Annual report of the Civil Veterinary Department, Bengal, for the year 1897-98 - 1897-1898
Year: 1897
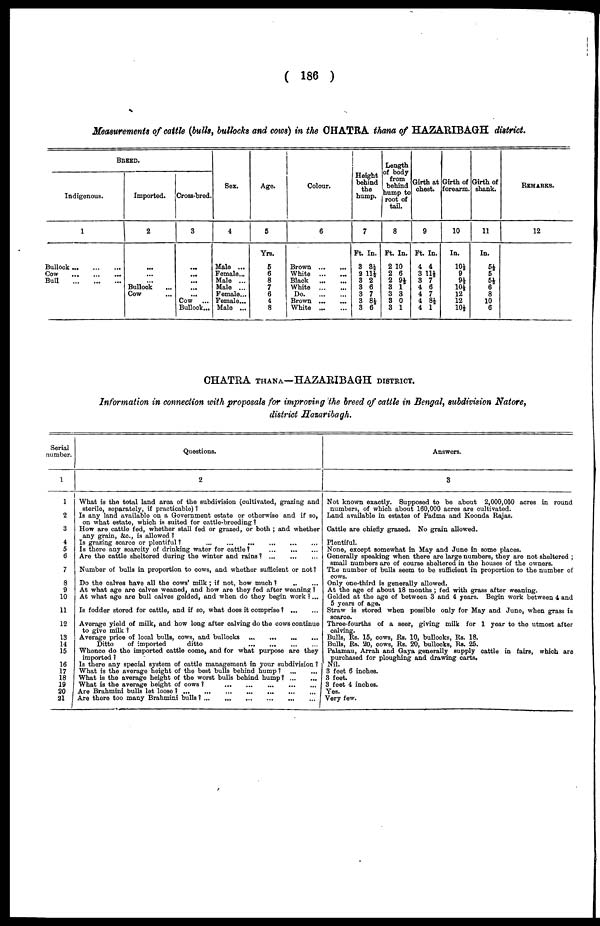
( 186 )
Measurements of cattle (bulls, bullocks and cows) in the CHATRA thana of HAZARIBAGH district.
BREED.
Indigenous.
1
Bullock
...
...
...
Cow
...
...
...
Bull
...
...
...
Imported.
2
...
...
... Bullock ...
Cow ...
Cross-bred.
3
...
...
...
...
...
Cow ...
Bullock ...
Sex.
4
Male ...
Female...
Male ...
Male ...
Female...
Female...
Male ...
Age.
5
Yrs.
5
6
8
7
6
4
8
Colour.
6
Brown
...
...
White ... ...
Black
...
...
White
...
...
Do.
...
...
Brown
...
...
White
...
...
Height
behind
the
hump.
7
Ft.
3
2
3
3
3
3
3
In.
3½
11½
2
6
7
8½
6
Lenth
of body
from
behind
hump to
root of
tail.
8
Ft.
2
2
2
3
3
3
3
In.
10
6
9½
1
3
0
I
Girth at
chest.
9
Ft.
4
3
3
4
4
4
4
In.
4
11½
7
6
7
8½
1
Girth of
forearm.
10
In.
10½
9
9½
10½
12
12
10½
Girth of
shank.
11
In.
5½
5
5½
6
8
10
6
REMARKS.
12
CHATRA THANA—HAZARIBAGH DISTRICT.
Information in connection with proposals for improving the breed of cattle in Bengal, subdivision Natore,
district Hasaribagh.
Serial
number.
1
1
2
3
4
5
6
7
8
9
10
11
12
13
14
15
16
17
18
19
20
21
Questions.
2
What is the total land area of the subdivision (cultivated, grazing and
sterile, separately, if practicable) ?
Is any land available on a Government estate or otherwise and if so,
on what estate, which is suited for cattle-breeding?
How are cattle fed, whether stall fed or grazed, or both ; and whether
any grain, &c., is allowed ?
Is grazing scarce or plentiful ?
...
...
...
...
...
...
Is there any scarcity of drinking water for cattle?
...
...
...
Are the cattle sheltered during the winter and rains?
...
...
...
Number of bulls in proportion to cows, and whether sufficient or not?
Do the calves have all the cows' milk; if not, how much ?
..
...
At what age are calves weaned, and how are they fed after weaning ?
At what age are bull calves gelded, and when do they begin work ? ...
Is fodder stored for cattle, and if so, what does it comprise ?
...
...
Average yield of milk, and how long after calving do the cows continue
to give milk ?
Average price of local bulls, cows, and bullocks
...
...
...
...
Ditto
of imported
ditto
...
...
...
...
Whence do the imported cattle come, and for what purpose are they
imported ?
Is there any special system of cattle management in your subdivision ?
What is the average height of the best bulls behind hump ?
...
...
What is the average height of the worst bulls behind hump?
...
...
What is the average height of cows ?
...
...
...
...
...
Are Brahmini bulls let loose?
...
...
...
...
...
...
...
Are there too many Brahmini bulls?
...
...
...
...
...
...
Answers.
3
Not known exactly. Supposed to be about 2,000,000 acres in round
numbers, of which about 160,000 acres are cultivated.
Land available in estates of Padma and Koonda Rajas.
Cattle are chiefly grazed. No grain allowed.
Plentiful.
None, except somewhat in May and June in some places.
Generally speaking when there are large numbers, they are not sheltered ;
small numbers are of course sheltered in the houses of the owners.
The number of bulls seem to be sufficient in proportion to the number of
cows.
Only one-third is generally allowed.
At the age of about 18 months ; fed with grass after weaning.
Gelded at the age of between 3 and 4 years. Begin work between 4 and
5 years of age.
Straw is stored when possible only for May and June, when grass is
scarce.
Three-fourths of a seer, giving milk for 1 year to the utmost after
calving.
Bulls, Rs. 15, cows, Rs. 10, bullocks, Rs. 18.
Bulls, Rs. 20, cows, Rs. 20, bullocks, Rs. 25.
Palamau, Arrah and Gaya generally supply cattle in fairs, which are
purchased for ploughing and drawing carts.
Nil.
3 feet 6 inches.
3 feet.
3 feet 4 inches.
Yes.
Very few.